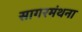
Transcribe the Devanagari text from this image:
सागरमंथना